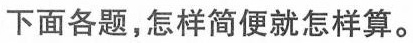
下面各题，怎样简便就怎样算。